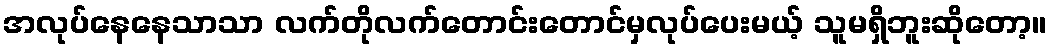
အလုပ်နေနေသာသာ လက်တိုလက်တောင်းတောင်မှလုပ်ပေးမယ့် သူမရှိဘူးဆိုတော့။